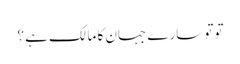
تو تو سارے جہان کا مالک ہے ؟